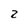
Character: z